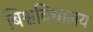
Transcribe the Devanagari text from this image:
बिश्वविद्यालय